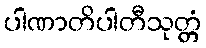
ပါဏာတိပါတီသုတ္တံ